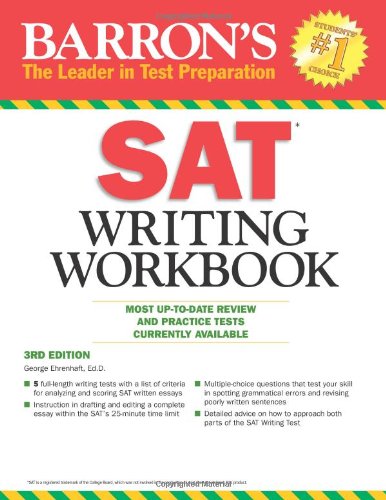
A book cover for Barron's SAT Writing Workbook, 3rd Edition (Barron's Writing Workbook for the New Sat); George Ehrenhaft Ed. D.; Test Preparation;